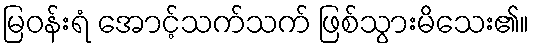
မြဝန်းရံ အောင့်သက်သက် ဖြစ်သွားမိသေး၏။